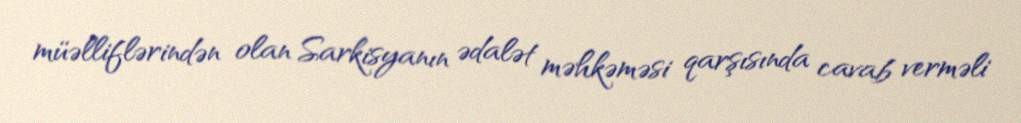
müəlliflərindən olan Sarkisyanın ədalət məhkəməsi qarşısında cavab verməli